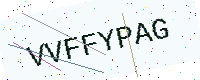
Text: VVFFYPAG